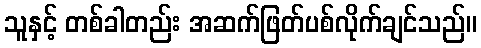
သူနှင့် တစ်ခါတည်း အဆက်ဖြတ်ပစ်လိုက်ချင်သည်။